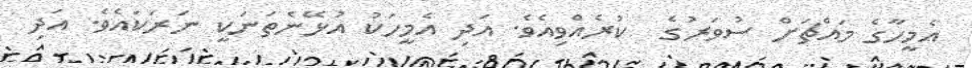
އެމީހާގެ މައްޗަށް ސުވަރުގެ  ކުރެއްވިއެވެ. އަދި އެމީހަކު އުޅޭނެތަނަކީ ނަރަކައެވެ. އަދި